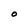
Character: O